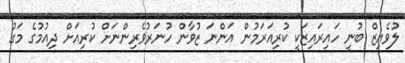
ލުވެއިޒް ބުނީ ހައިރައިޒަކީ ކުރިއަރަމުން އަންނަ ޒުވާން ހުނަރުވެރިންނަށް ކުރިއަށް ދިއުމުގެ މަގު